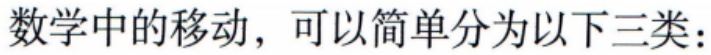
数学中的移动，可以简单分为以下三类：